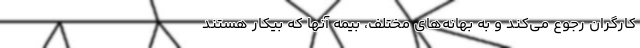
کارگران رجوع می‌کند و به بهانه‌های مختلف، بیمه آنها که بیکار هستند